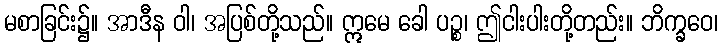
မစာခြင်း၌။ အာဒီန ဝါ၊ အပြစ်တို့သည်။ ဣမေ ခေါ ပဉ္စ၊ ဤငါးပါးတို့တည်း။ ဘိက္ခဝေ၊